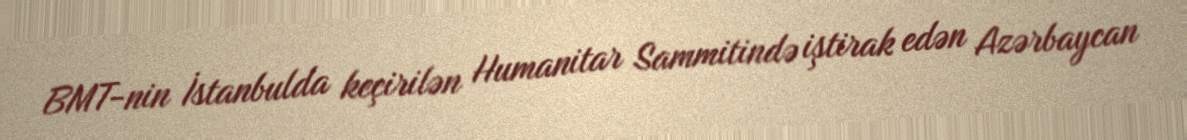
BMT-nin İstanbulda keçirilən Humanitar Sammitində iştirak edən Azərbaycan